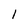
Character: 1